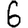
Digit: 6